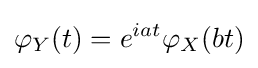
\varphi _{Y}(t)=e^{iat}\varphi _{X}(bt)